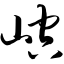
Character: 崆